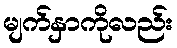
မျက်နှာကိုလည်း